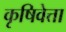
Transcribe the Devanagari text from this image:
कृषिवेत्ता